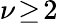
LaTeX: \nu\! \geq\! 2